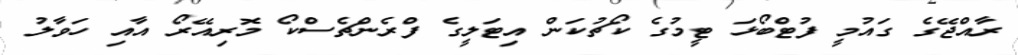
ރާއްޖޭގެ ގައުމީ ފުޓްބޯޅަ ޓީމުގެ ކޯޗުކަން އިޓަލީގެ ފްރެންޗެސްކޯ މޮރިއޭރޯ އާއި ހަވާލު